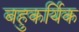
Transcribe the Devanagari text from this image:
बहुकर्यिक